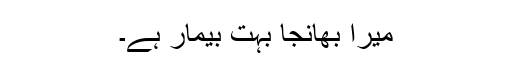
میرا بھانجا بہت بیمار ہے۔